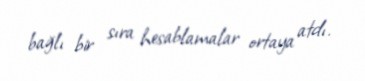
bağlı bir sıra hesablamalar ortaya atdı.